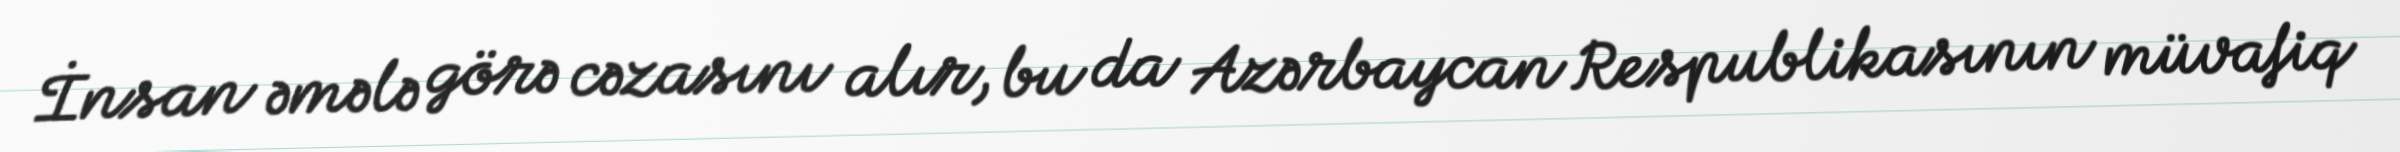
İnsan əmələ görə cəzasını alır, bu da Azərbaycan Respublikasının müvafiq